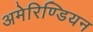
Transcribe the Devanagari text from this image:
अमेरिण्डियन